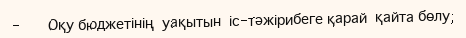
-       Оқу бюджетінің  уақытын  іс-тәжірибеге қарай  қайта бөлу;